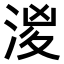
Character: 𣶧